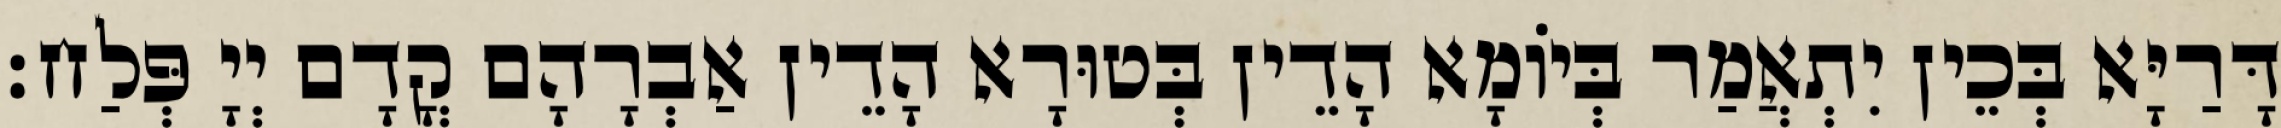
דָּרַיָּא בְּכֵין יִתְאֲמַר בְּיוֹמָא הָדֵין בְּטוּרָא הָדֵין אַבְרָהָם קֳדָם יְיָ פְּלַח׃